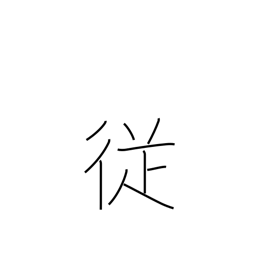
Meaning: incidental